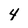
Character: 4